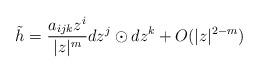
LaTeX: \begin{align*}\tilde{h} = \frac{a_{ijk}z^i}{|z|^{m}} dz^j \odot dz^k + O(|z|^{2-m})\end{align*}